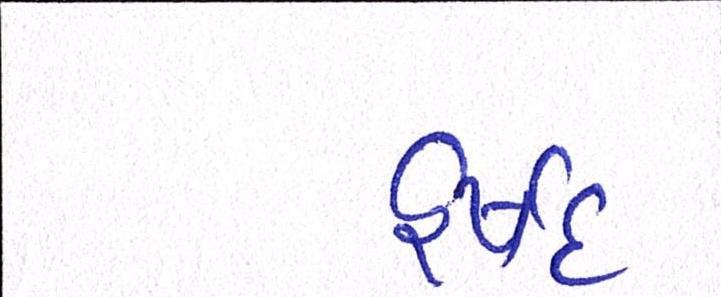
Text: હર્ષદ